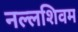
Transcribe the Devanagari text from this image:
नल्लशिवम